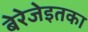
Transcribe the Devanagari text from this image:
बेरेजेइतका